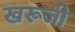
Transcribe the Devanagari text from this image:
खरूजी